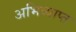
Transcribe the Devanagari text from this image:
अभिव्याप्त